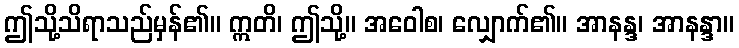
ဤသို့သိရာသည်မှန်၏။ ဣတိ၊ ဤသို့။ အဝေါစ၊ လျှောက်၏။ အာနန္ဒ၊ အာနန္ဒာ။